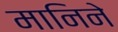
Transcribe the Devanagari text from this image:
मानिने